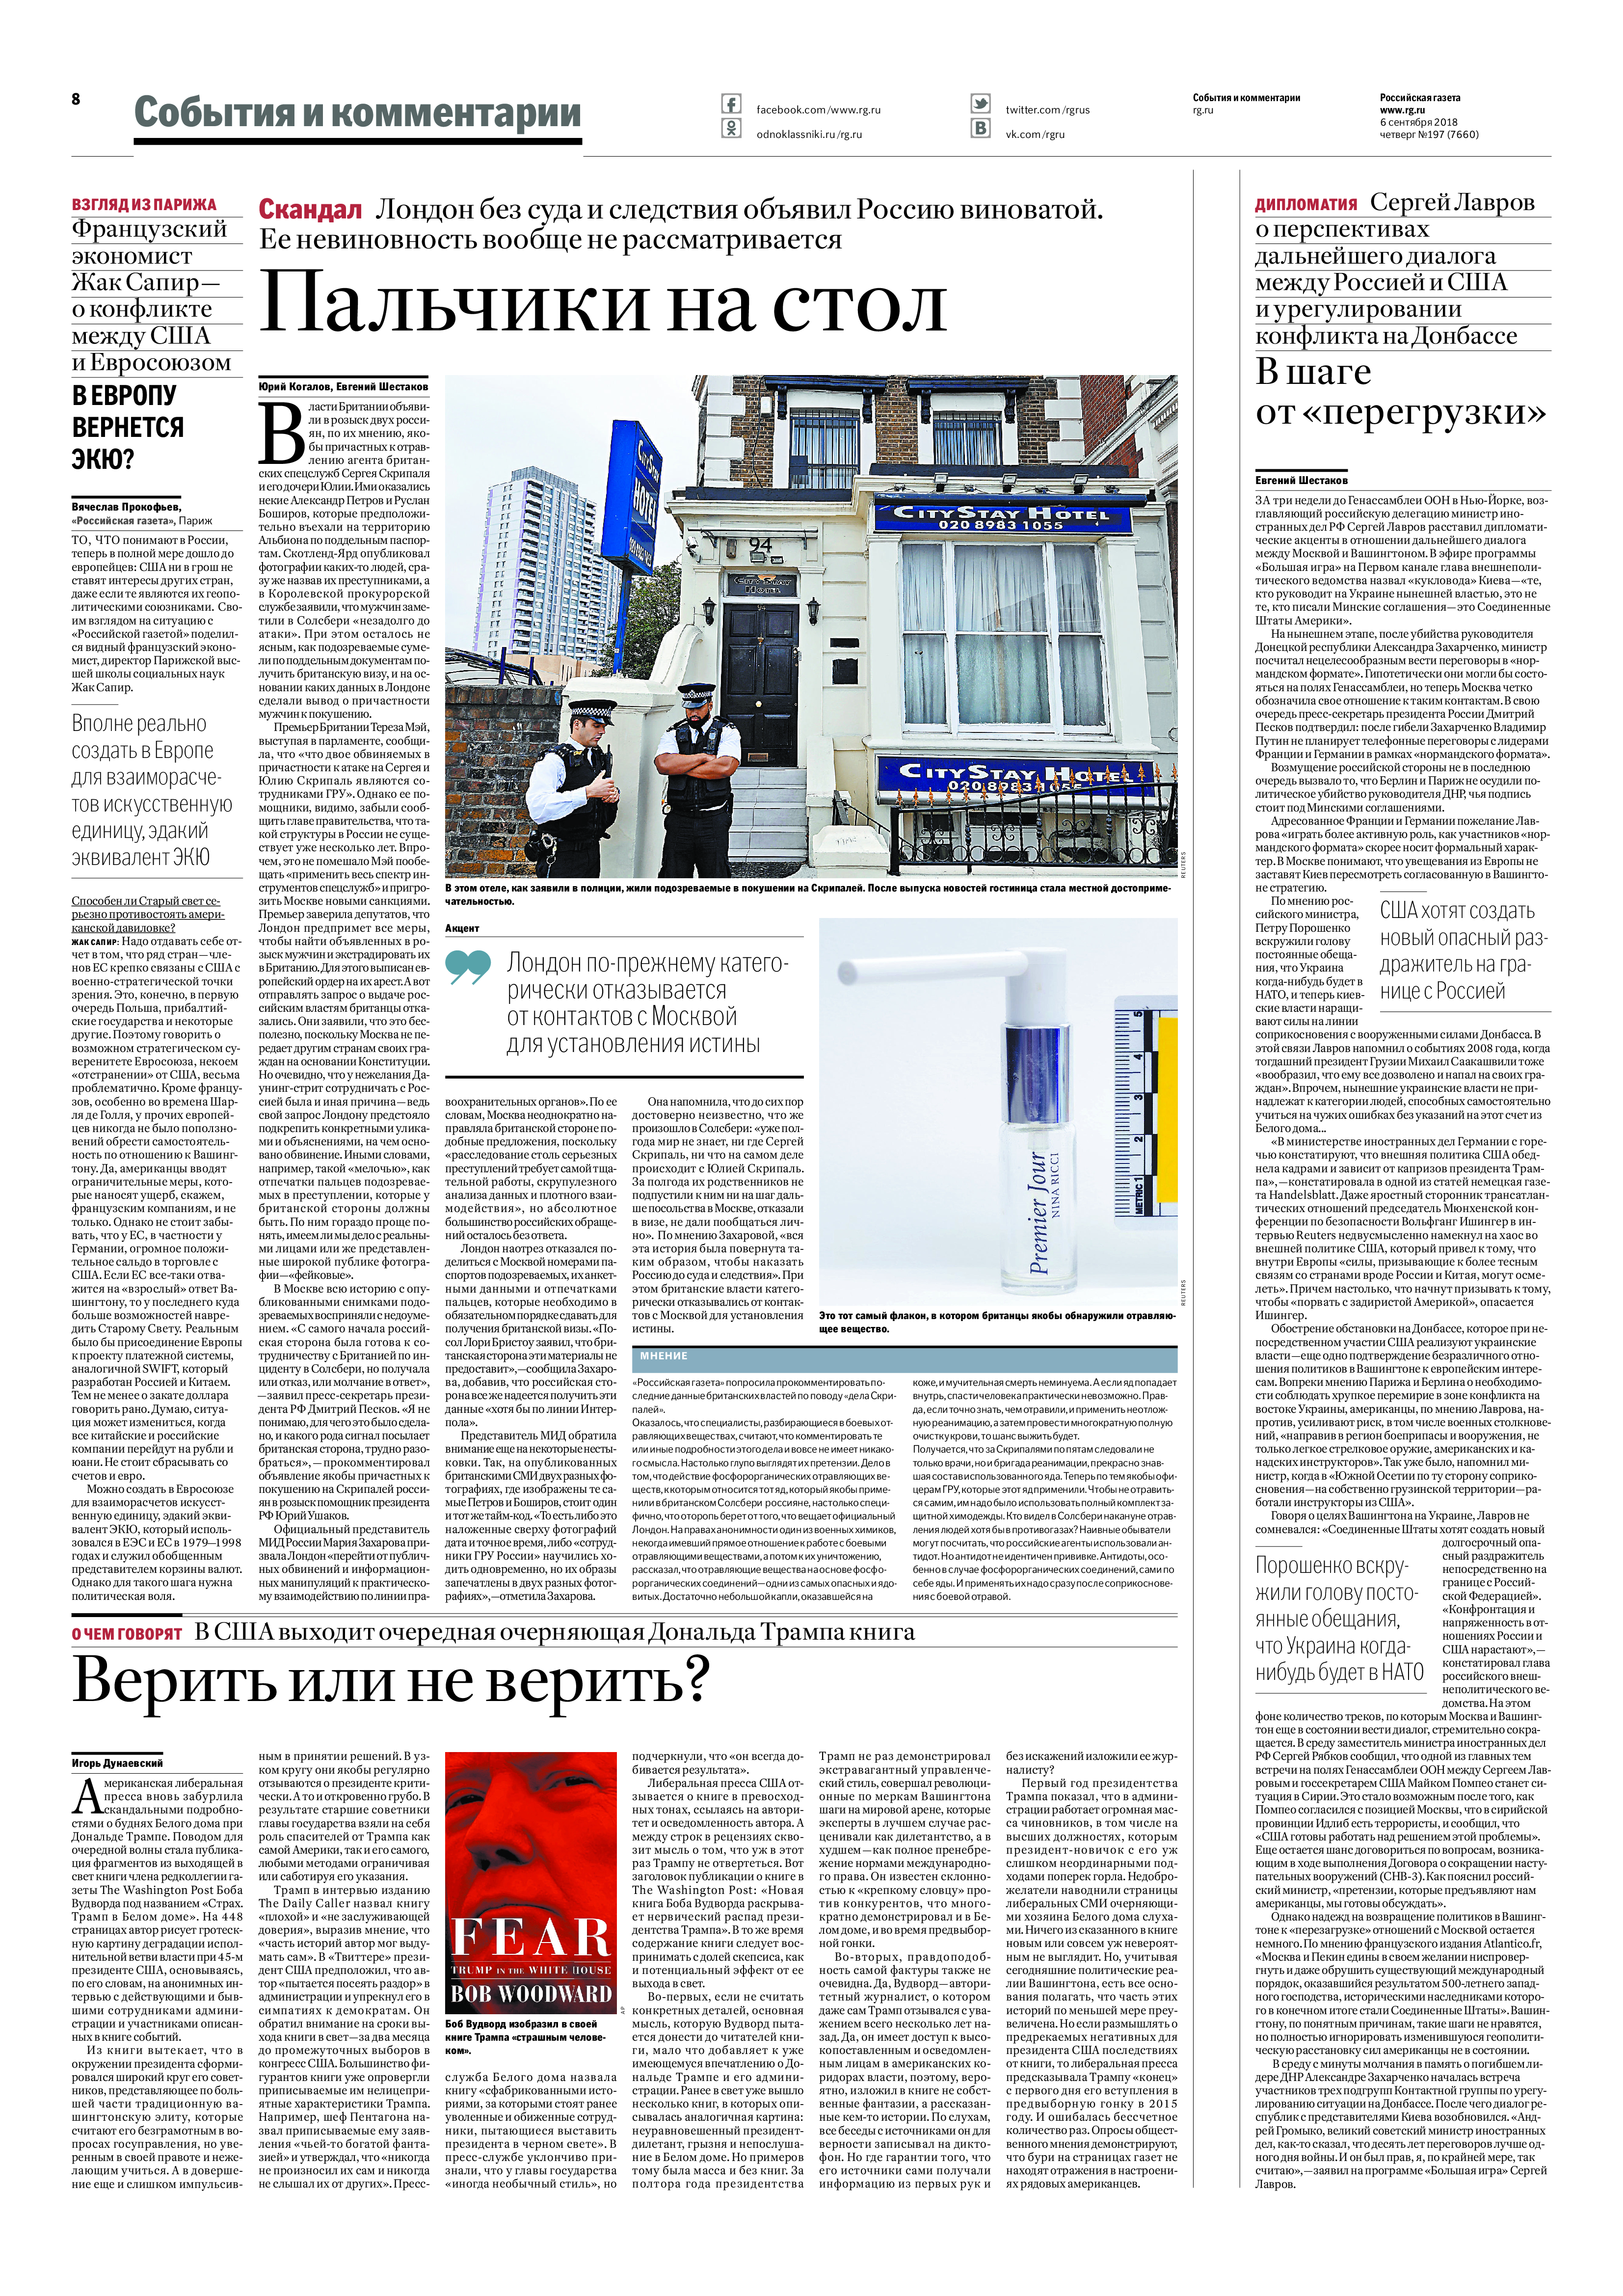
Language: ru